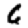
Digit: 6